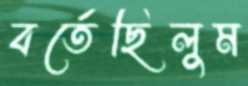
বর্তেছিলুম